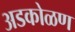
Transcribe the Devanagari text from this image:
अडकोळण